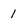
Character: 1